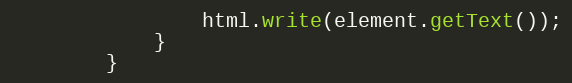
Language: Java
				html.write(element.getText());
			}
		}